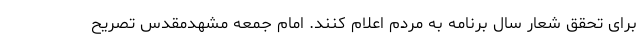
برای تحقق شعار سال برنامه به مردم اعلام کنند. امام جمعه مشهدمقدس تصریح